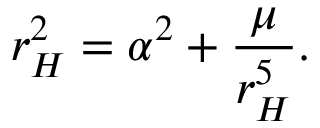
r _ { H } ^ { 2 } = \alpha ^ { 2 } + \frac { \mu } { r _ { H } ^ { 5 } } .